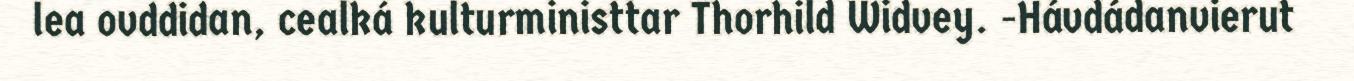
lea ovddidan, cealká kulturministtar Thorhild Widvey. -Hávdádanvierut